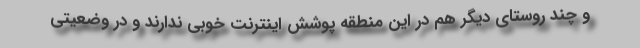
و چند روستای دیگر هم در این منطقه پوشش اینترنت خوبی ندارند و در وضعیتی